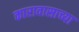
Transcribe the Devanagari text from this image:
कारावासाच्या